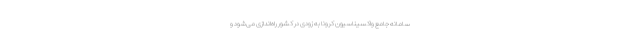
سامانه جامع واکسیناسیون کرونا به زودی در کشور راه‌اندازی می‌شود و